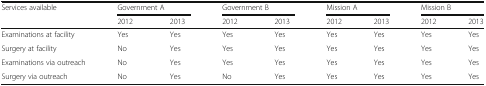
| Services available | <COLSPAN=2> Government A | <COLSPAN=2> Government B | <COLSPAN=2> Mission A | <COLSPAN=2> Mission B |
 |  | 2012 | 2013 | 2012 | 2013 | 2012 | 2013 | 2012 | 2013 |
 | --- | --- | --- | --- | --- | --- | --- | --- | --- |
 | Examinations at facility | Yes | Yes | Yes | Yes | Yes | Yes | Yes | Yes |
 | Surgery at facility | No | Yes | Yes | Yes | Yes | Yes | Yes | Yes |
 | Examinations via outreach | No | Yes | Yes | Yes | Yes | Yes | Yes | Yes |
 | Surgery via outreach | No | Yes | No | Yes | Yes | Yes | Yes | Yes |